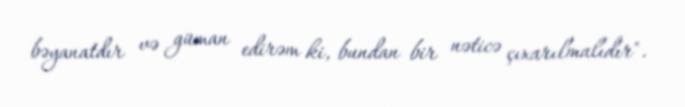
bəyanatdır və güman edirəm ki, bundan bir nəticə çıxarılmalıdır".